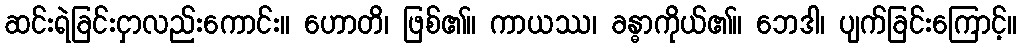
ဆင်းရဲခြင်းငှာလည်းကောင်း။ ဟောတိ၊ ဖြစ်၏။ ကာယဿ၊ ခန္ဓာကိုယ်၏။ ဘေဒါ၊ ပျက်ခြင်းကြောင့်။